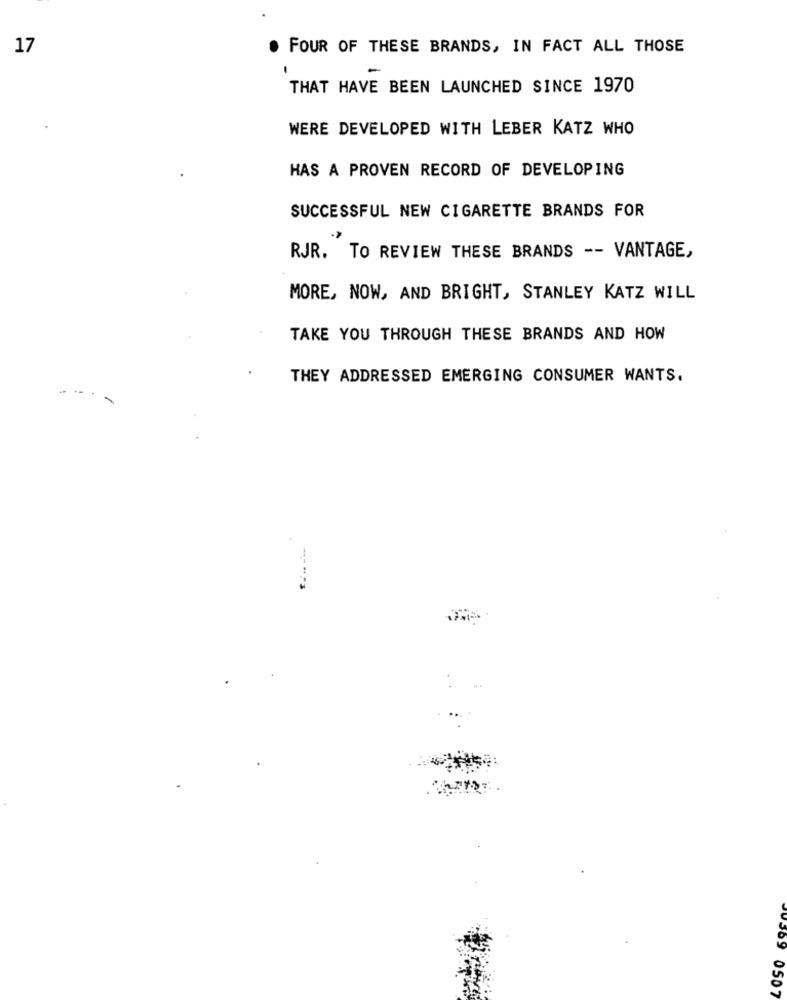
17
FOUR OF THESE BRANDS, IN FACT ALL THOSE
THAT HAVE BEEN LAUNCHED SINCE 1970
WERE DEVELOPED WITH LEBER KATZ WHO
HAS A PROVEN RECORD OF DEVELOPING
SUCCESSFUL NEW CIGARETTE BRANDS FOR
RJR. TO REVIEW THESE BRANDS -- VANTAGE,
MORE, NOW, AND BRIGHT, STANLEY KATZ WILL
TAKE YOU THROUGH THESE BRANDS AND HOW
THEY ADDRESSED EMERGING CONSUMER WANTS.
369 0507